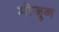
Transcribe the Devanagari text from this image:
मोजुन